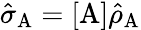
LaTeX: \hat{\sigma}_{\mathrm{A}}=[\mathrm{A}]\hat{\rho}_{\mathrm{A}}